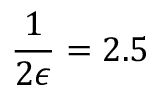
\frac { 1 } { 2 \epsilon } = 2 . 5